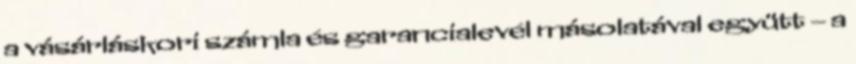
a vásárláskori számla és garancialevél másolatával együtt – a